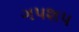
ગપશપ